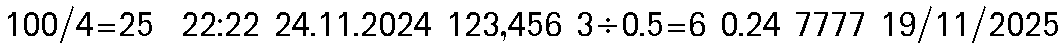
100/4=25  22:22 24.11.2024 123,456 3÷0.5=6 0.24 7777 19/11/2025